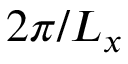
2 \pi / L _ { x }